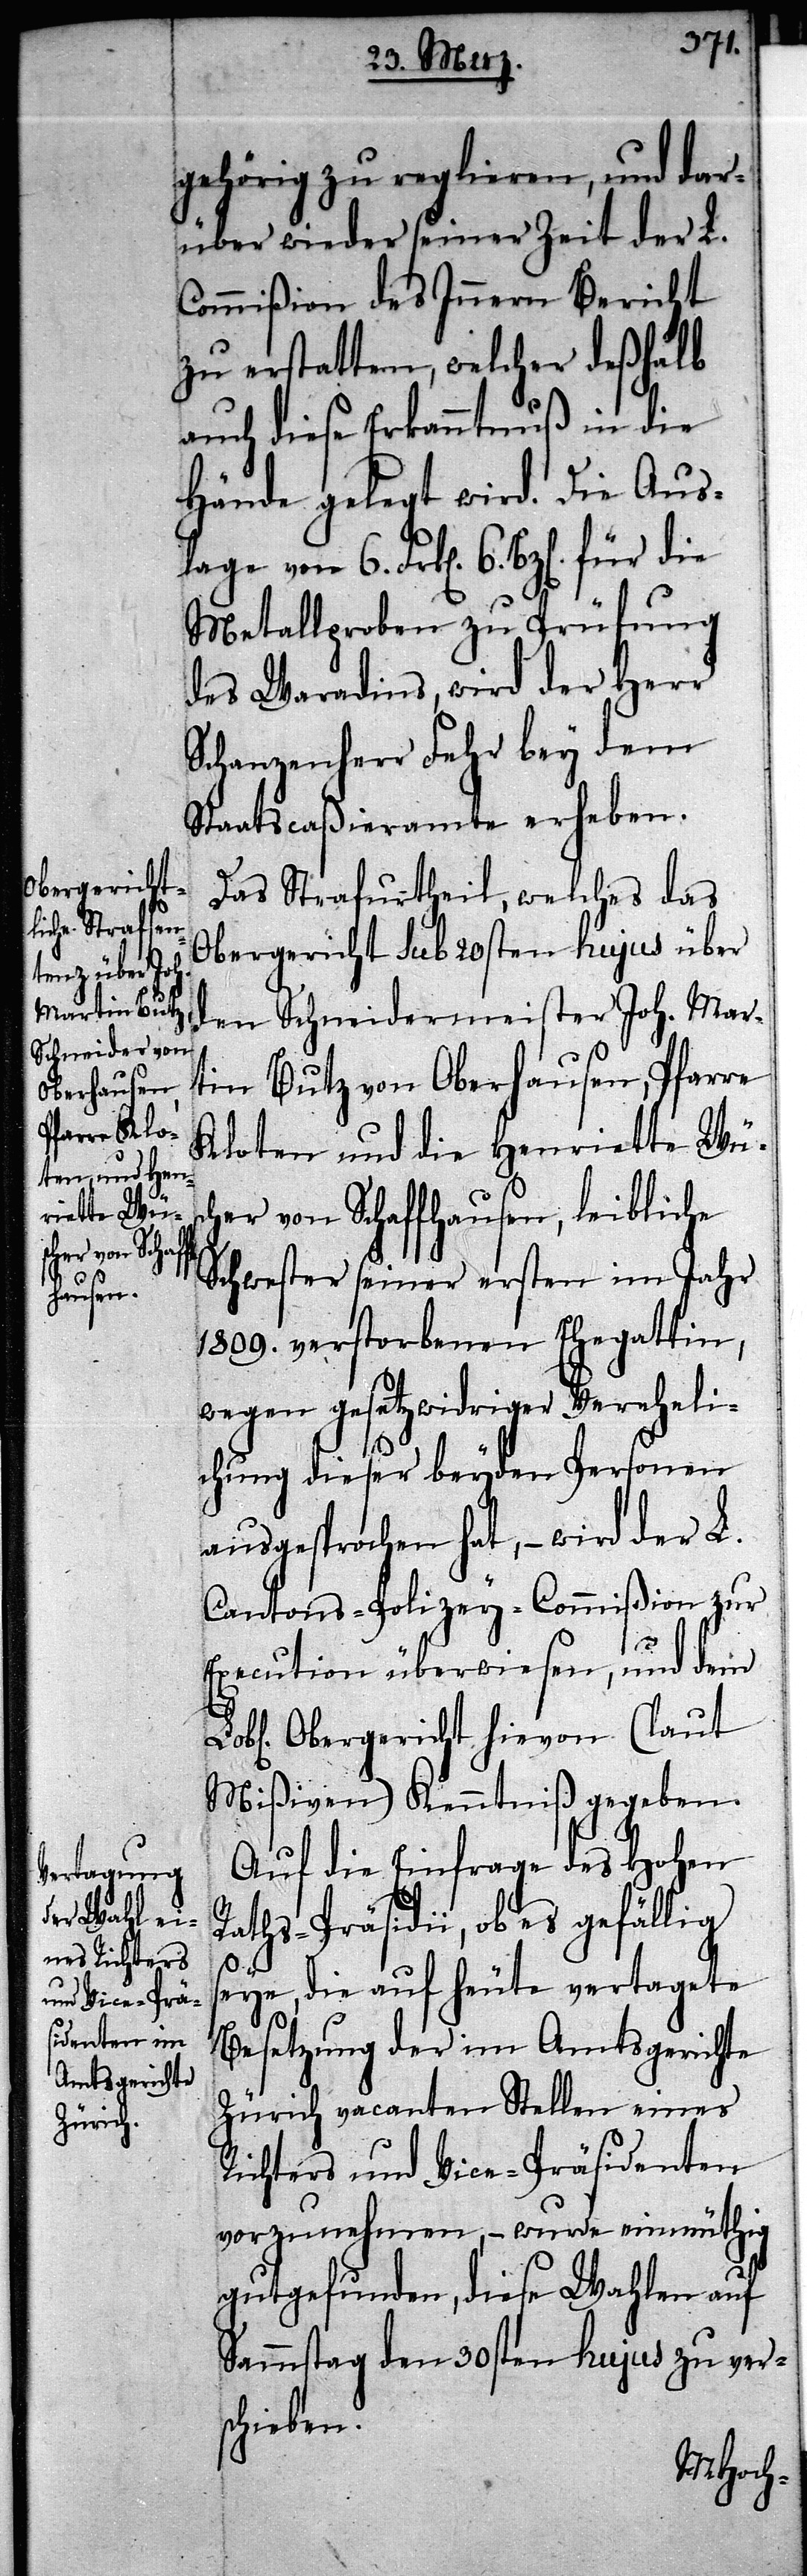
gehörig zu reglieren, und dar¬
über wieder seiner Zeit der L.
Commißion des Innern Bericht
zu erstatten, welcher deßhalb
auch diese Erkanntuß in die
Hände gelegt wird. Die Aus¬
Metallproben zu Prüfung
des Waradins, wird der Herr
Schanzenherr Fehr bey dem
Staatscaßieramte erheben.
Das Strafurtheil, welches das
Obergericht sub 20sten hujus über
den Schneidermeister Joh. Mar¬
tin Butz von Oberhausen, Pfarre
Kloten und die Henriette Wüs¬
cher von Schaffhausen, leibliche
Schwester seiner ersten im Jahr
1809. verstorbenen Ehegattin,
wegen gesetzwidriger Vereheli¬
chung dieser beyden Personen
ausgesprochen hat, – wird der L.
Cantons-Polizey-Commißion zur
Execution überwiesen, und dem
Obergericht hievon (laut
Mißiven) Kenntniß gegeben.
Auf die Einfrage des Hohen
Raths-Präsidii, ob es gefällig
seye, die auf heute vertagete
Besetzung der im Amtsgerichte
Zürich vacanten Stellen eines
Richters und Vice-Präsidenten
vorzunehmen, – wurde einmüthig
gutgefunden, diese Wahlen auf
Sammstag den 30sten hujus zu vers¬
chieben.
lage